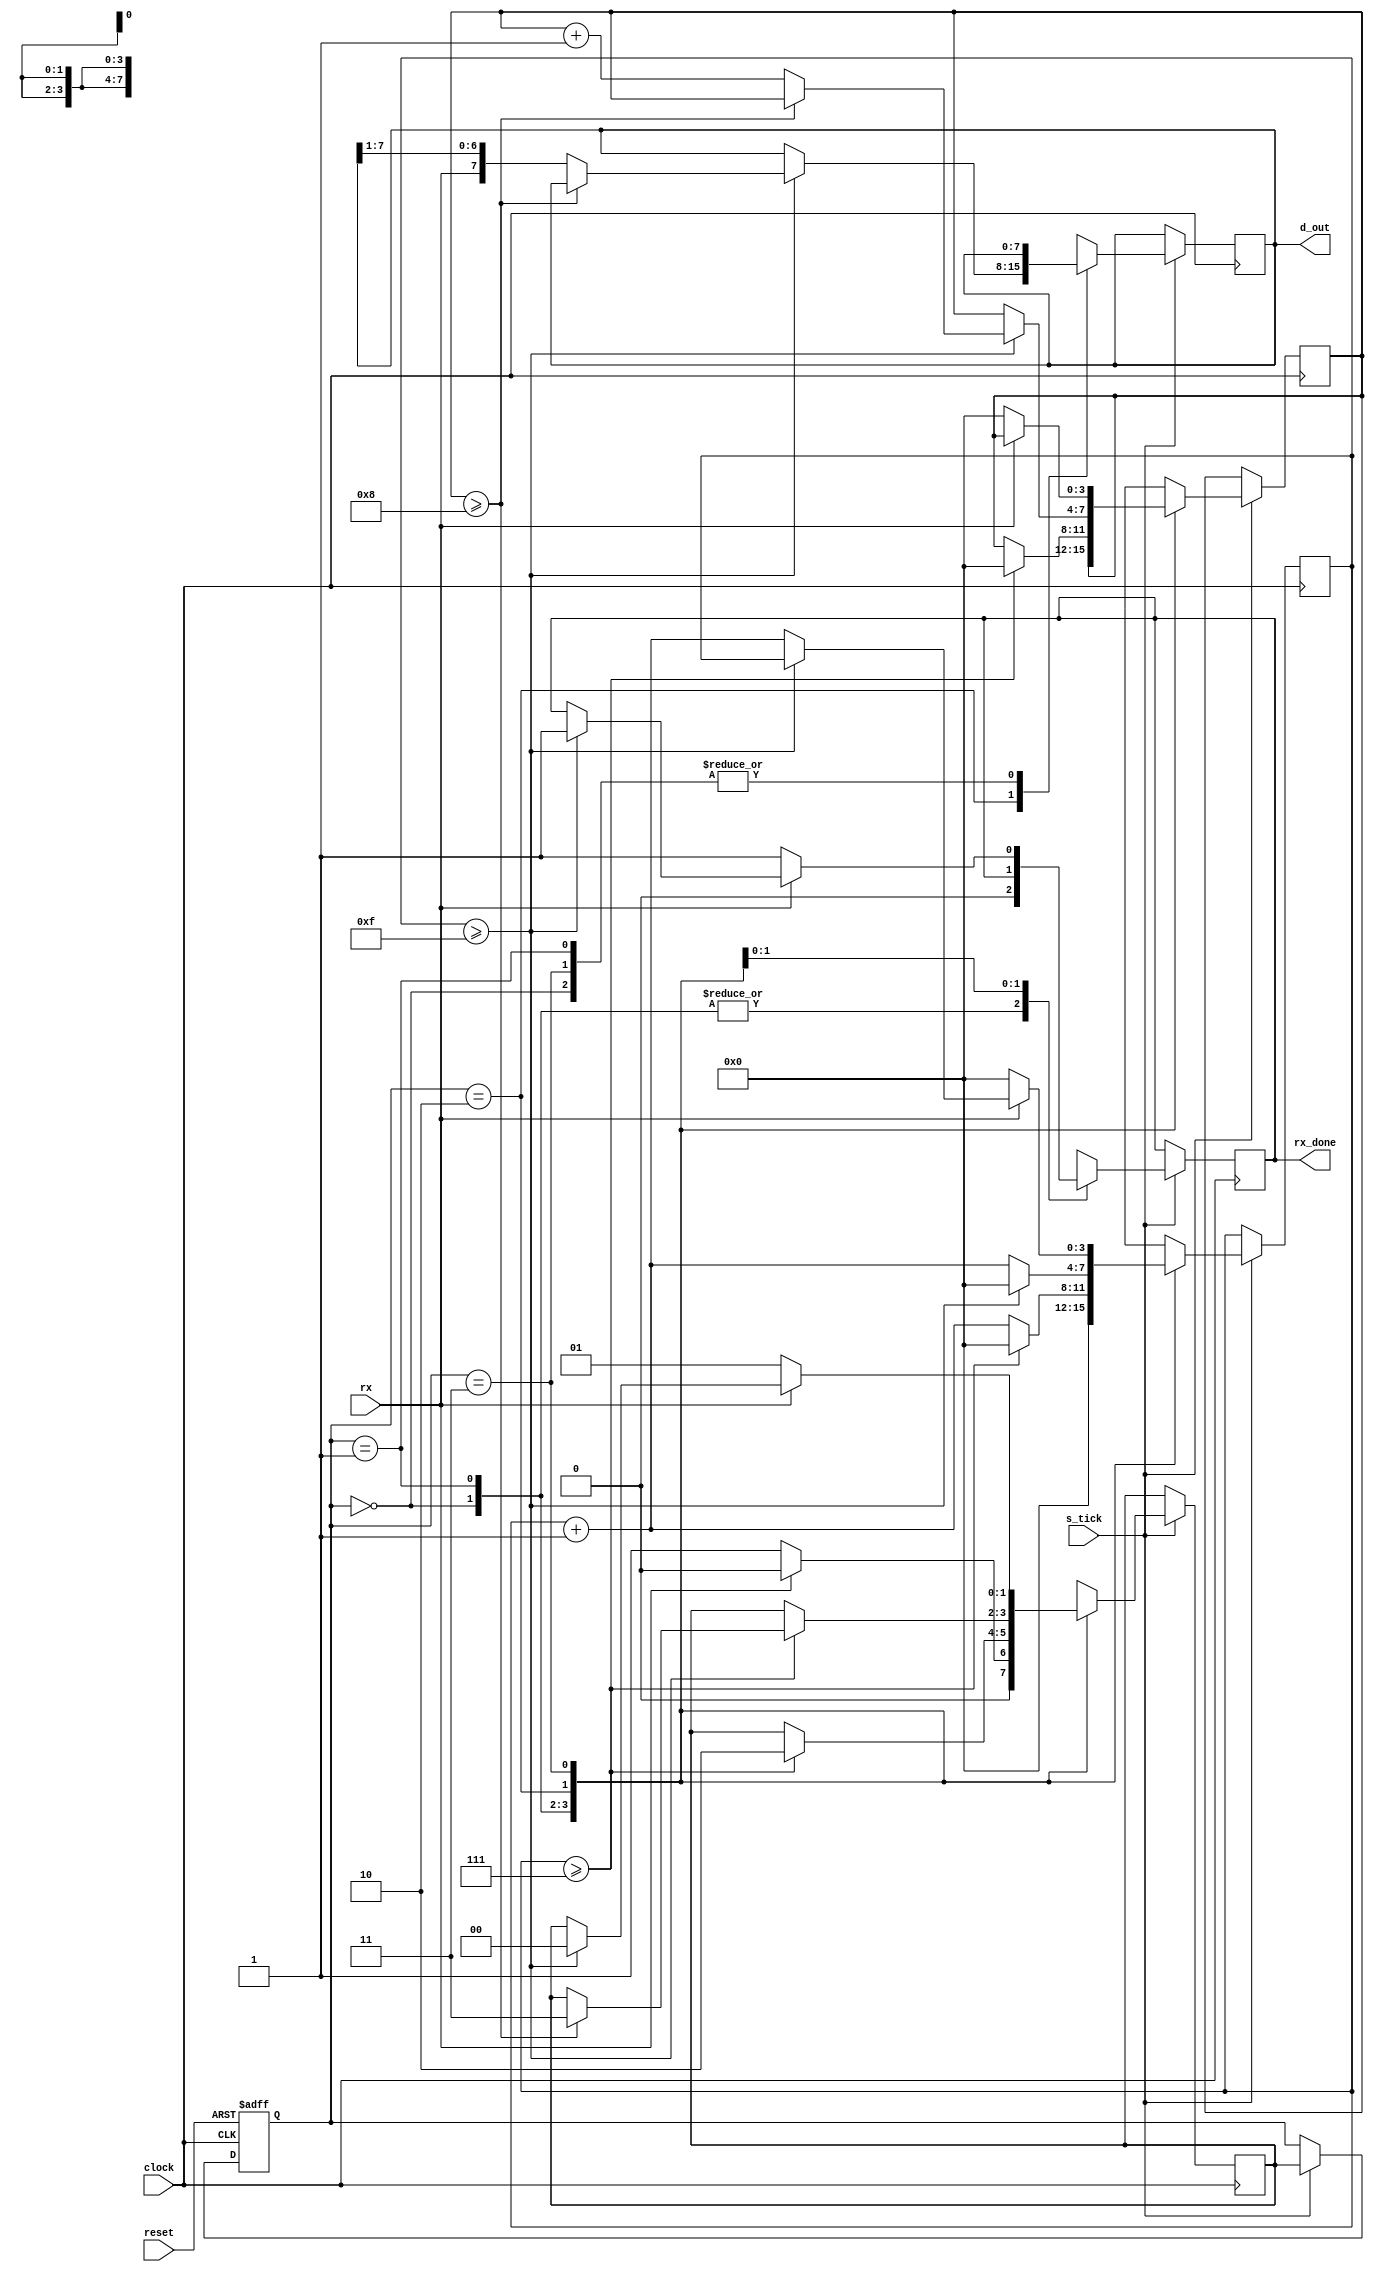
module UART_rx(
	input rx,					// entrada serie de datos
	input s_tick,				// clock baud rate (9600 bps)
	input reset,
	input clock,				// clock de la placa (50MHz)
	output reg rx_done,		// flag de finalizacin de recepcin
	output reg [7:0] d_out	// salida paralela de datos
);
	localparam [1:0]	IDLE = 0,
							START = 1,
							DATA = 2,
							STOP = 3;

	localparam 			D_BIT = 8,
							B_start= 0,
							B_stop= 1;
	
	reg [1:0] current_state, next_state;
	reg [3:0] s;
	reg [3:0] n;

	// algoritmo de cambio de estado
	always @(posedge clock, posedge reset) begin
		if(reset)
			current_state <= IDLE ;
		else
			current_state <= s_tick ? next_state : current_state;
	end
	
	//lgica interna de estados
	always @(posedge clock) begin
		if(s_tick) begin
			case(current_state)
				IDLE: begin
					rx_done=0;
					s = 0;
					next_state = (rx == B_start) ? START : IDLE;
				end
				START: begin
					rx_done=0;
					if(s >= 7) begin
						s = 0;
						n = 0;
						next_state = DATA;
					end
					else begin
						s = s + 1;
					end
				end
				DATA: begin
					if(s >= 15) begin
						s = 0;
						if(n >= D_BIT) begin
							next_state = STOP;
						end
						else begin
							d_out = {rx,d_out[7:1]};
							n = n + 1;
						end
					end
					else begin
						s = s + 1;
					end
				end
				STOP: begin
				   if(rx==0)begin
						rx_done = 1;
						next_state = START;
						s = 0;
						n = 0;					
					end
					else if(s >= 15) begin
						rx_done = 1;
						next_state = IDLE;
					end
					else begin
						s = s + 1;
					end
				end
			endcase
		end
	end
	
endmodule